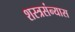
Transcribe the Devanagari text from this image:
शस्त्रसंन्यास